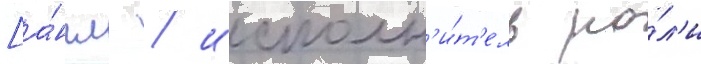
[а́нгл. / исполн'и́т'ель ро́л'и